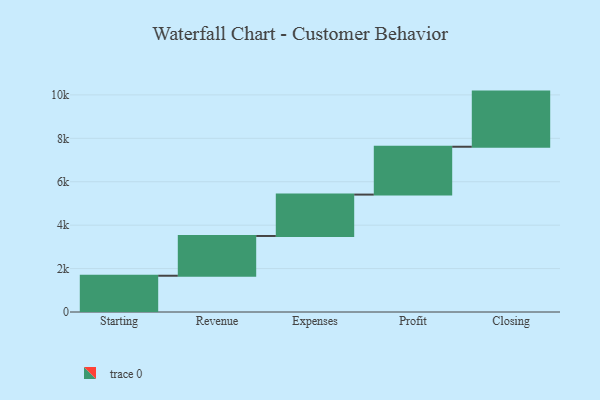
{"axis": {"x": "Step", "y": "Value"}, "legend": [""], "data": [{"x": "Starting", "y": 1670.0, "type": ""}, {"x": "Revenue", "y": 1832.0, "type": ""}, {"x": "Expenses", "y": 1906.0, "type": ""}, {"x": "Profit", "y": 2204.0, "type": ""}, {"x": "Closing", "y": 2540.0, "type": ""}]}